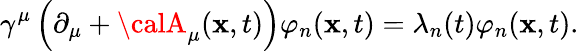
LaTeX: \gamma^{\mu}\left(\partial_{\mu}+{\calA}_{\mu}(\mathbf{x},t)\right)\varphi_{n}(\mathbf{x},t)=\lambda_{n}(t)\varphi_{n}(\mathbf{x},t).